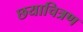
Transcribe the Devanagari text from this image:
छयाचित्रण